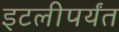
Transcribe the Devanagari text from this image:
इटलीपर्यंत